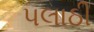
પલાઠી